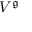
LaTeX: V ^ { \mathfrak { g } }